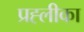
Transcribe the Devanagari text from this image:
प्रह्लीका